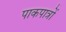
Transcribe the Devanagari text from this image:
पाकपात्रों